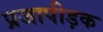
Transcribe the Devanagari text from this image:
प्रजापीड़क